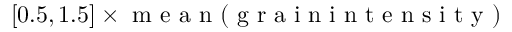
[ 0 . 5 , 1 . 5 ] \times \textrm { m e a n } ( \mathrm { ~ g ~ r ~ a ~ i ~ n ~ i ~ n ~ t ~ e ~ n ~ s ~ i ~ t ~ y ~ } )